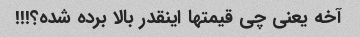
آخه یعنی چی قیمتها اینقدر بالا برده شده؟!!!